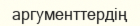
аргументтердің